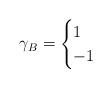
LaTeX: \begin{align*} \gamma_B = \begin{cases} 1 & \\ -1 & \end{cases}\end{align*}